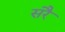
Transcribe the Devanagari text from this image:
सरै